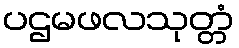
ပဌမဖလသုတ္တံ